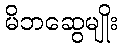
မိဘဆွေမျိုး